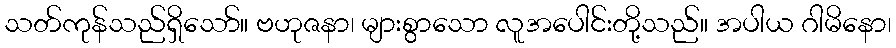
သတ်ကုန်သည်ရှိသော်။ ဗဟုဇနာ၊ များစွာသော လူအပေါင်းတို့သည်။ အပါယ ဂါမိနော၊